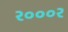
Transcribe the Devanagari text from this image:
२०००२